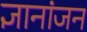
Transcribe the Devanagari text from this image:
ज्ञानांजन